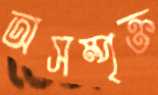
অসম্পৃক্ত